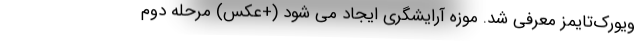
ویورک‌تایمز معرفی شد. موزه آرایشگری ایجاد می شود (+عکس) مرحله دوم